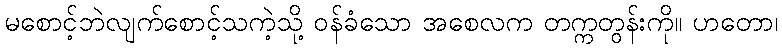
မစောင့်ဘဲလျက်စောင့်သကဲ့သို့ ဝန်ခံသော အစေလက တက္ကတွန်းကို။ ဟတော၊